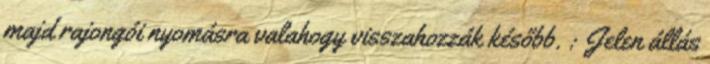
majd rajongói nyomásra valahogy visszahozzák később. : Jelen állás